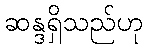
ဆန္ဒရှိသည်ဟု